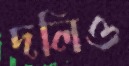
দলিও